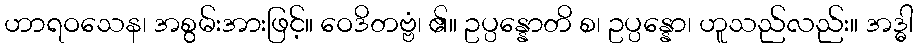
ဟာရဝသေန၊ အစွမ်းအားဖြင့်။ ဝေဒိတဗ္ဗံ၊ ၏။ ဥပ္ပန္နောတိ စ၊ ဥပ္ပန္နော၊ ဟူသည်လည်း။ အဒ္ဓါ